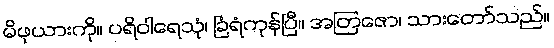
မိဖုယားကို။ ပရိဝါရေသုံ၊ ခြံရံကုန်ပြီ။ အတြဇော၊ သားတော်သည်။